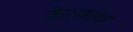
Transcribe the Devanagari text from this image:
के।साथ